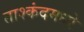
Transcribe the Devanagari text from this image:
ताश्कंदमध्ये